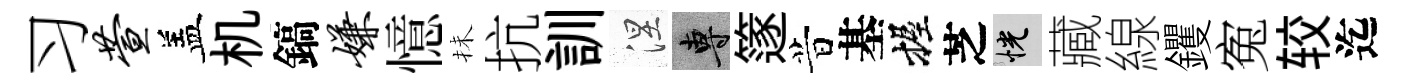
习萱盖机鎬嫌憶抺抗訓涅專篴昔基握芝恍藏線钁寃较迄